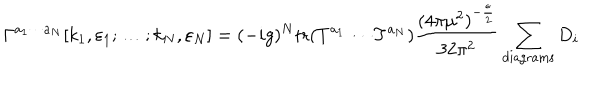
LaTeX: \Gamma ^ { a _ { 1 } \cdots a _ { N } } [ k _ { 1 } , \varepsilon _ { 1 } ; \ldots ; k _ { N } , \varepsilon _ { N } ] = ( - i g ) ^ { N } \mathrm { t r } ( T ^ { a _ { 1 } } \cdots T ^ { a _ { N } } ) { \frac { { ( 4 \pi \mu ^ { 2 } ) } ^ { - { \frac { \epsilon } { 2 } } } } { 3 2 { \pi } ^ { 2 } } } \sum _ { \mathrm { d i a g r a m s } } D _ { i }